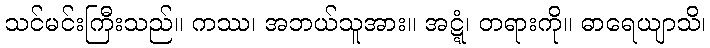
သင်မင်းကြီးသည်။ ကဿ၊ အဘယ်သူအား။ အဋ္ဋံ၊ တရားကို။ ဓာရေယျာသိ၊